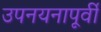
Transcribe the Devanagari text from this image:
उपनयनापूर्वी